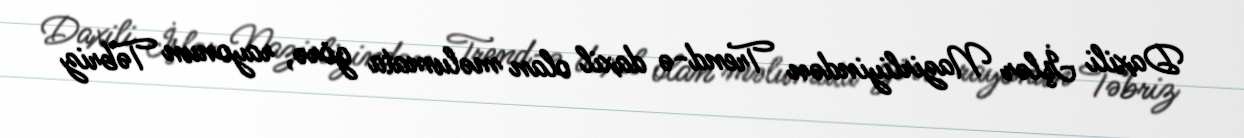
Daxili İşlər Nazirliyindən Trend-ə daxil olan məlumata görə, rayonun Təbriz